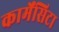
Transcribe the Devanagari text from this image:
कार्मेंसिटा